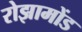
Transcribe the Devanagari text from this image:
रोझामोंड